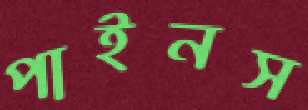
পাইনস